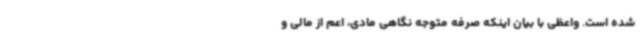
شده است. واعظی با بیان اینکه صرفه متوجه نگاهی مادی، اعم از مالی و